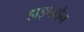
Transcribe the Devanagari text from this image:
हाइपमैन